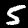
Label: 5